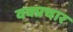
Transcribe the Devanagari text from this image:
वक्प्रचार